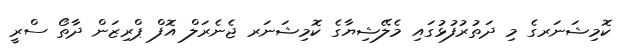
ކޮމިޝަނަރގެ މި ދަތުރުފުޅުގައި މެލޭޝިޔާގެ ކޮމިޝަނަރ ޖެނެރަލް އޮފް ޕްރިޒަން ދާތޯ ސްރީ